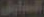
السابق